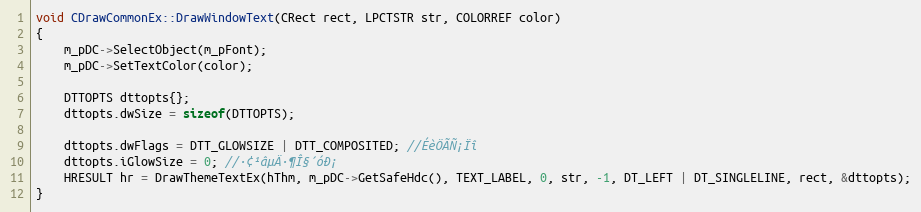
Language: C++
void CDrawCommonEx::DrawWindowText(CRect rect, LPCTSTR str, COLORREF color)
{
	m_pDC->SelectObject(m_pFont);
	m_pDC->SetTextColor(color);

	DTTOPTS dttopts{};
	dttopts.dwSize = sizeof(DTTOPTS);

	dttopts.dwFlags = DTT_GLOWSIZE | DTT_COMPOSITED; //ÉèÖÃÑ¡Ïî
	dttopts.iGlowSize = 0; //·¢¹âµÄ·¶Î§´óÐ¡
	HRESULT hr = DrawThemeTextEx(hThm, m_pDC->GetSafeHdc(), TEXT_LABEL, 0, str, -1, DT_LEFT | DT_SINGLELINE, rect, &dttopts);
}